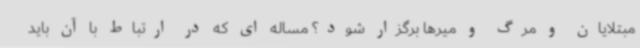
مبتلایان و مرگ و میرها برگزار شود؟ مساله ای که در ارتباط با آن باید